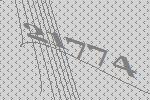
21774